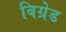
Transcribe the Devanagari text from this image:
बिग्रेड